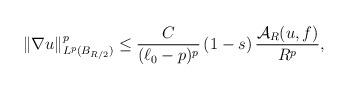
LaTeX: \begin{align*}\|\nabla u\|^p_{L^p(B_{R/2})}&\le \frac{C}{(\ell_0-p)^p}\,(1-s)\,\frac{\mathcal{A}_R(u,f)}{R^p},\end{align*}